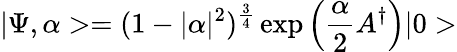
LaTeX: |\Psi,\alpha>=(1-|\alpha|^{2})^{\frac{3}{4}}\exp\left(\frac{\alpha}{2}A^{\dagger}\right)|0>